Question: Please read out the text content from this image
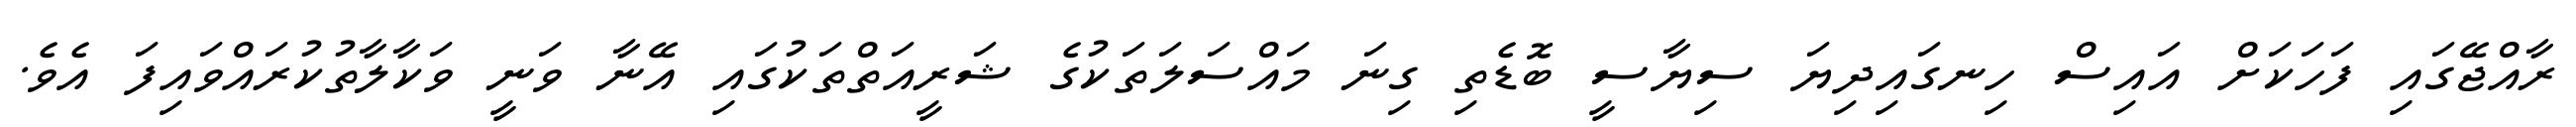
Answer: ރާއްޖޭގައި ފަހަކަށް އައިސް ހިނގައިދިޔަ ސިޔާސީ ބޮޑެތި ގިނަ މައްސަލަތަކުގެ ޝަރީއަތްތަކުގައި އޭނާ ވަނީ ވަކާލާތުކުރައްވައިފަ އެވެ.